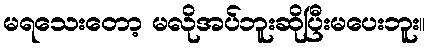
မရသေးတော့ မလိုအပ်ဘူးဆိုပြီးမပေးဘူး။